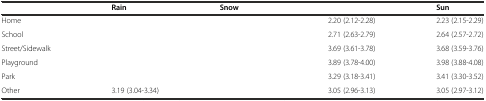
<table><thead><tr><td>[EMPTY_CELL]</td><td><b>Rain</b></td><td><b>Snow</b></td><td>[EMPTY_CELL]</td><td><b>Sun</b></td></tr></thead><tbody><tr><td>Home</td><td>[EMPTY_CELL]</td><td>[EMPTY_CELL]</td><td>2.20 (2.12-2.28)</td><td>2.23 (2.15-2.29)</td></tr><tr><td>School</td><td>[EMPTY_CELL]</td><td>[EMPTY_CELL]</td><td>2.71 (2.63-2.79)</td><td>2.64 (2.57-2.72)</td></tr><tr><td>Street/Sidewalk</td><td>[EMPTY_CELL]</td><td>[EMPTY_CELL]</td><td>3.69 (3.61-3.78)</td><td>3.68 (3.59-3.76)</td></tr><tr><td>Playground</td><td>[EMPTY_CELL]</td><td>[EMPTY_CELL]</td><td>3.89 (3.78-4.00)</td><td>3.98 (3.88-4.08)</td></tr><tr><td>Park</td><td>[EMPTY_CELL]</td><td>[EMPTY_CELL]</td><td>3.29 (3.18-3.41)</td><td>3.41 (3.30-3.52)</td></tr><tr><td>Other</td><td>3.19 (3.04-3.34)</td><td>[EMPTY_CELL]</td><td>3.05 (2.96-3.13)</td><td>3.05 (2.97-3.12)</td></tr></tbody></table>